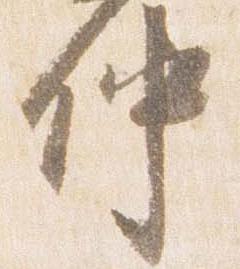
仲